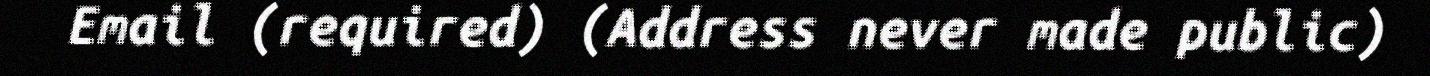
Email (required) (Address never made public)